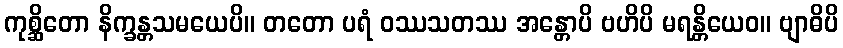
ကုစ္ဆိတော နိက္ခန္တသမယေပိ။ တတော ပရံ ဝဿသတဿ အန္တောပိ ဗဟိပိ မရန္တိယေဝ။ ဗျာဓိပိ